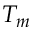
T _ { m }